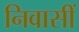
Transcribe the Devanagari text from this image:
निवासीं